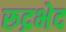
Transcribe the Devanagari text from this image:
रूद्रभेद